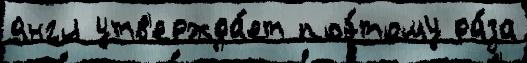
англ утв'ержда́ет поэ́тому ра́за